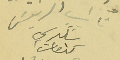
نائب الرئيسَ شكري كنعان